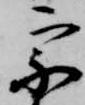
宗